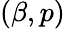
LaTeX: (\beta,p)